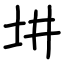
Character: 㘫